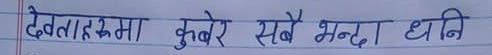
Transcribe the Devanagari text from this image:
देवताहरूमा कुबेर सबै भन्दा धनि